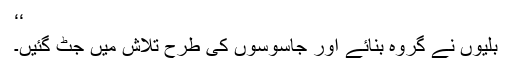
‘‘
بلّیوں نے گروہ بنائے اور جاسوسوں کی طرح تلاش میں جٹ گئیں۔